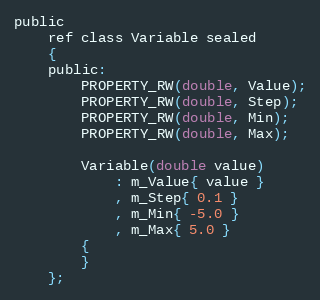
Language: C
public
    ref class Variable sealed
    {
    public:
        PROPERTY_RW(double, Value);
        PROPERTY_RW(double, Step);
        PROPERTY_RW(double, Min);
        PROPERTY_RW(double, Max);

        Variable(double value)
            : m_Value{ value }
            , m_Step{ 0.1 }
            , m_Min{ -5.0 }
            , m_Max{ 5.0 }
        {
        }
    };